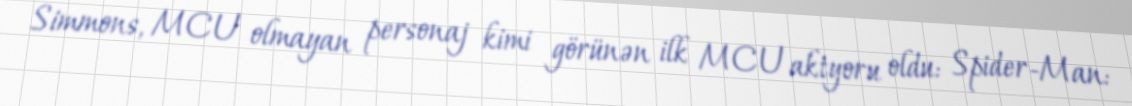
Simmons, MCU olmayan personaj kimi görünən ilk MCU aktyoru oldu: Spider-Man: